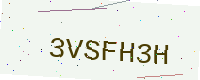
Text: 3VSFH3H